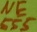
Text: 555